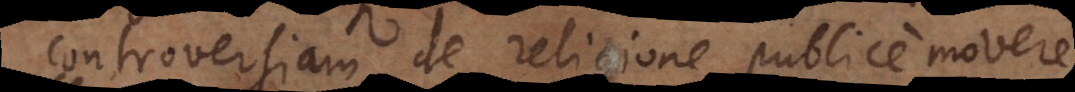
controversiam de religione publice movere,